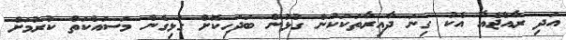
އަދި ރާއްޖެއާ އެކު ގިނަ ދާއިރާތަކަކުން ގުޅުން ބަދަހިކޮށް ގުޅިގެން މަސައްކަތް ކުރުމަށް